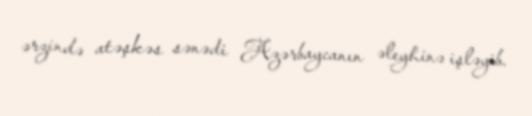
ərzində atəşkəs sənədi Azərbaycanın əleyhinə işləyib.